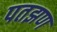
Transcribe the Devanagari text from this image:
पतझण